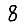
Digit: 8